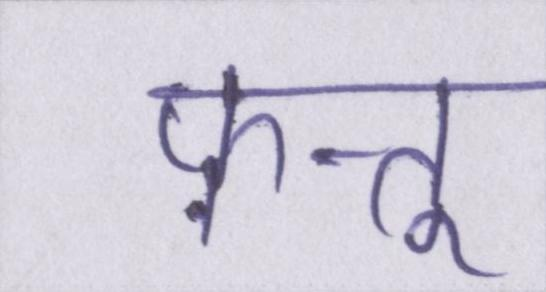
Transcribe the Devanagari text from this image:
फ़त्तू